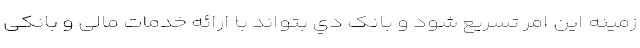
زمینه این امر تسریع شود و بانک دي بتواند با ارائه خدمات مالی و بانکی